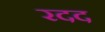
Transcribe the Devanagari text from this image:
रदद